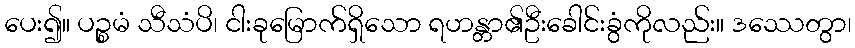
ပေး၍။ ပဉ္စမံ သီသံပိ၊ ငါးခုမြောက်ရှိသော ရဟန္တာ၏ဦးခေါင်းခွံကိုလည်း။ ဒဿေတွာ၊